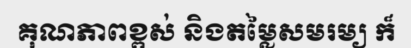
គុណភាពខ្ពស់ និងតម្លៃសមរម្យ ក៏